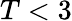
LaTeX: T<3